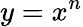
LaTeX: y=x^{n}